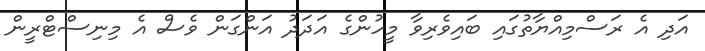
އަދި އެ ރަސްމިއްޔާތުގައި ބައިވެރިވާ މީހުންގެ އަދަދު އަންގަން ވެސް އެ މިނިސްޓްރީން